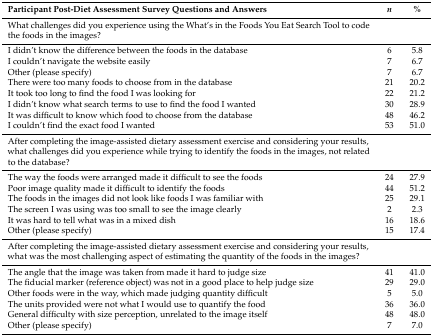
| Participant Post-Diet Assessment Survey Questions and Answers | n | % |
 | --- | --- | --- |
 | What challenges did you experience using the What’s in the Foods You Eat Search Tool to code the foods in the images? |  |  |
 | I didn’t know the difference between the foods in the database | 6 | 5.8 |
 | I couldn’t navigate the website easily | 7 | 6.7 |
 | Other (please specify) | 7 | 6.7 |
 | There were too many foods to choose from in the database | 21 | 20.2 |
 | It took too long to find the food I was looking for | 22 | 21.2 |
 | I didn’t know what search terms to use to find the food I wanted | 30 | 28.9 |
 | It was difficult to know which food to choose from the database | 48 | 46.2 |
 | I couldn’t find the exact food I wanted | 53 | 51.0 |
 | After completing the image-assisted dietary assessment exercise and considering your results, what challenges did you experience while trying to identify the foods in the images, not related to the database? |  |  |
 | The way the foods were arranged made it difficult to see the foods | 24 | 27.9 |
 | Poor image quality made it difficult to identify the foods | 44 | 51.2 |
 | The foods in the images did not look like foods I was familiar with | 25 | 29.1 |
 | The screen I was using was too small to see the image clearly | 2 | 2.3 |
 | It was hard to tell what was in a mixed dish | 16 | 18.6 |
 | Other (please specify) | 15 | 17.4 |
 | After completing the image-assisted dietary assessment exercise and considering your results, what was the most challenging aspect of estimating the quantity of the foods in the images? |  |  |
 | The angle that the image was taken from made it hard to judge size | 41 | 41.0 |
 | The fiducial marker (reference object) was not in a good place to help judge size | 29 | 29.0 |
 | Other foods were in the way, which made judging quantity difficult | 5 | 5.0 |
 | The units provided were not what I would use to quantify the food | 36 | 36.0 |
 | General difficulty with size perception, unrelated to the image itself | 48 | 48.0 |
 | Other (please specify) | 7 | 7.0 |